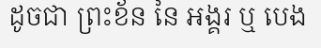
ដូចជា ព្រះខ័ន នៃ អង្គរ ឬ បេង